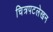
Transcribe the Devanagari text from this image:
चित्रपटलेखन